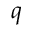
q